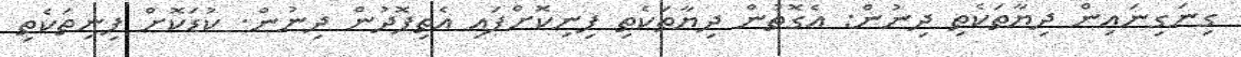
ގިނަގިނައިން ދިޔާތަކެތި ދިނުން: އެގޮތުން ދިޔާތަކެތި ފިނިކޮށްފައި އެތިފޮދުން ދިނުން. ކުޑަކޮށް ފިނިތަކެތި